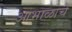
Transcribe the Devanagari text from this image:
आभाळाचे